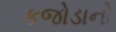
કજોડાનો